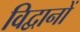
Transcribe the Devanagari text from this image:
विद्वानों